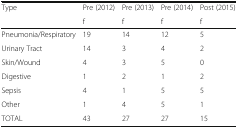
<table><thead><tr><td rowspan="2"><b>Type</b></td><td><b>Pre (2012)</b></td><td><b>Pre (2013)</b></td><td><b>Pre (2014)</b></td><td><b>Post (2015)</b></td></tr><tr><td><b>f</b></td><td><b>f</b></td><td><b>f</b></td><td><b>f</b></td></tr></thead><tbody><tr><td>Pneumonia/Respiratory</td><td>19</td><td>14</td><td>12</td><td>5</td></tr><tr><td>Urinary Tract</td><td>14</td><td>3</td><td>4</td><td>2</td></tr><tr><td>Skin/Wound</td><td>4</td><td>3</td><td>5</td><td>0</td></tr><tr><td>Digestive</td><td>1</td><td>2</td><td>1</td><td>2</td></tr><tr><td>Sepsis</td><td>4</td><td>1</td><td>5</td><td>5</td></tr><tr><td>Other</td><td>1</td><td>4</td><td>5</td><td>1</td></tr><tr><td>TOTAL</td><td>43</td><td>27</td><td>27</td><td>15</td></tr></tbody></table>